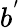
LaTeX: b^{'}